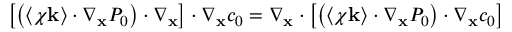
\left[ \left( \left\langle \boldsymbol \chi \mathbf k \right\rangle \cdot \nabla _ { \mathbf x } P _ { 0 } \right) \cdot \nabla _ { \mathbf x } \right] \cdot \nabla _ { \mathbf x } c _ { 0 } = \nabla _ { \mathbf x } \cdot \left[ \left( \left\langle \boldsymbol \chi \mathbf k \right\rangle \cdot \nabla _ { \mathbf x } P _ { 0 } \right) \cdot \nabla _ { \mathbf x } c _ { 0 } \right]